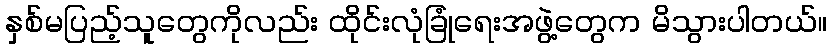
နှစ်မပြည့်သူတွေကိုလည်း ထိုင်းလုံခြုံရေးအဖွဲ့တွေက မိသွားပါတယ်။